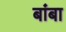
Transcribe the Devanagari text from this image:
बांबा